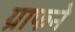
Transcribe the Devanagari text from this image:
ग्राफने